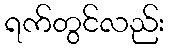
ရက်တွင်လည်း